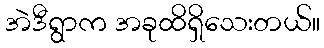
အဲဒီရွာက အခုထိရှိသေးတယ်။